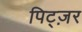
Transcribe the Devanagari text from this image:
पिट्ज़र